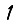
Digit: 1